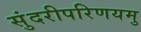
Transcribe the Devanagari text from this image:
सुंदरीपरिणयमु